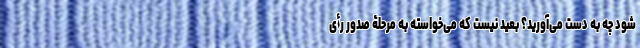
شود چه به دست می‌آورید؟ بعید نیست که می‌خواسته به مرحلۀ صدور رأی